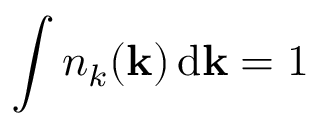
\int n _ { k } ( { \bf k } ) \, \mathrm { d } { \bf k } = 1